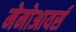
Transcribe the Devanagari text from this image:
मेमोआयर्स